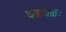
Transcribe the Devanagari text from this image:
चळवळः